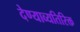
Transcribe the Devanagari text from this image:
देण्याव्यतिरिक्त